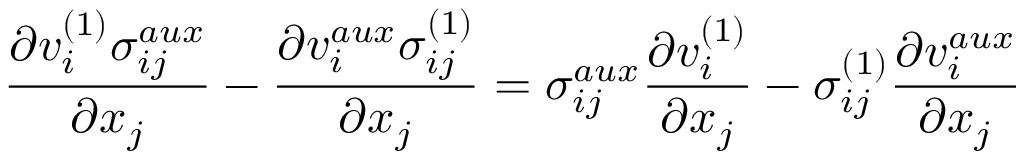
\frac { \partial v _ { i } ^ { ( 1 ) } \sigma _ { i j } ^ { a u x } } { \partial x _ { j } } - \frac { \partial v _ { i } ^ { a u x } \sigma _ { i j } ^ { ( 1 ) } } { \partial x _ { j } } = \sigma _ { i j } ^ { a u x } \frac { \partial v _ { i } ^ { ( 1 ) } } { \partial x _ { j } } - \sigma _ { i j } ^ { ( 1 ) } \frac { \partial v _ { i } ^ { a u x } } { \partial x _ { j } }